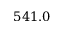
5 4 1 . 0